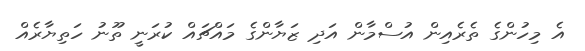
އެ މިހުންގެ ތެރެއިން އުސްމާން އަދި ޒަޔާންގެ މައްޗައް ކުރަނީ ތޫނު ހަތިޔާރެއް